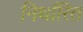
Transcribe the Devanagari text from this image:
निर्थारित